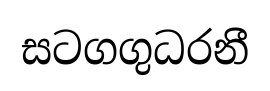
සටගගුධරනී